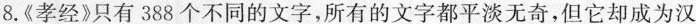
8.《孝经》只有388个不同的文字，所有的文字都平淡无奇，但它却成为汉